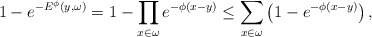
\begin{align*}1-e^{-E^\phi\left( y,\omega \right) }=1-\prod\limits_{x\in \omega}e^{-\phi \left( x-y\right) }\leq \sum_{x\in \omega }\left(1-e^{-\phi \left( x-y\right) }\right),\end{align*}